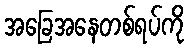
အခြေအနေတစ်ရပ်ကို